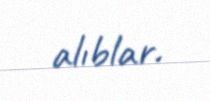
alıblar.